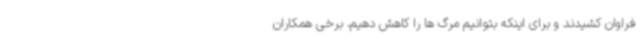
فراوان کشیدند و برای اینکه بتوانیم مرگ ها را کاهش دهیم، برخی همکاران